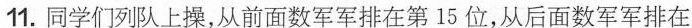
11.同学们列队上操，从前面数军军排在第15位，从后面数军军排在